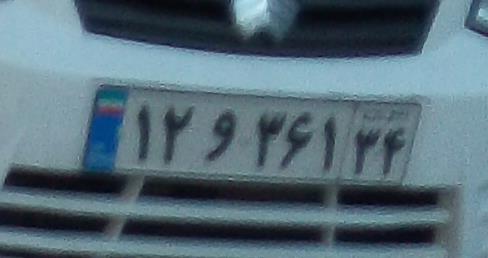
۱۲و۳۶۱۳۴